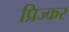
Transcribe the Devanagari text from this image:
प्रिज्कर